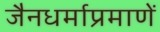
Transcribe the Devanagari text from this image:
जैनधर्माप्रमाणें